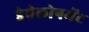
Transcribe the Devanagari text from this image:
डेवेलोपमेंट